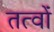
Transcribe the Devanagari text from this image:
तत्वोंं